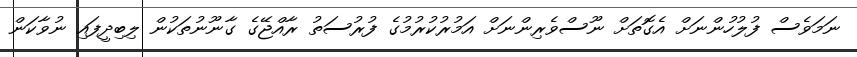
ނަމަވެސް ފުލުހުންނަށް އެގޮތަށް ނޫސްވެރިންނަށް އަމުރުކުރުމުގެ ފުރުސަތު ރާއްޖޭގެ ގާނޫނުތަކުން ލިބިދީފައި ނުވާކަން